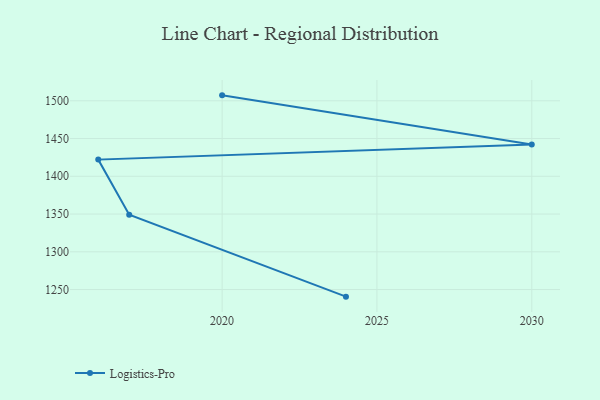
{"axis": {"x": "Year", "y": "Page Views"}, "legend": ["Logistics-Pro"], "data": [{"x": "2024", "y": 1240.6, "type": "Logistics-Pro"}, {"x": "2017", "y": 1349.0, "type": "Logistics-Pro"}, {"x": "2016", "y": 1422.1, "type": "Logistics-Pro"}, {"x": "2030", "y": 1442.1, "type": "Logistics-Pro"}, {"x": "2020", "y": 1507.2, "type": "Logistics-Pro"}]}